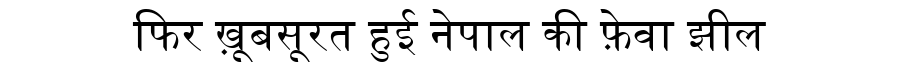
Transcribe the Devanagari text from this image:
फिर ख़ूबसूरत हुई नेपाल की फ़ेवा झील